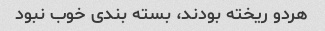
هردو ریخته بودند، بسته بندی خوب نبود